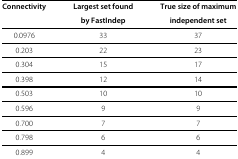
<table><thead><tr><td><b>Connectivity</b></td><td><b>Largest set found</b></td><td><b>True size of maximum</b></td></tr><tr><td><b> </b></td><td><b>by FastIndep</b></td><td><b>independent set</b></td></tr></thead><tbody><tr><td>0.0976</td><td>33</td><td>37</td></tr><tr><td>0.203</td><td>22</td><td>23</td></tr><tr><td>0.304</td><td>15</td><td>17</td></tr><tr><td>0.398</td><td>12</td><td>14</td></tr><tr><td>0.503</td><td>10</td><td>10</td></tr><tr><td>0.596</td><td>9</td><td>9</td></tr><tr><td>0.700</td><td>7</td><td>7</td></tr><tr><td>0.798</td><td>6</td><td>6</td></tr><tr><td>0.899</td><td>4</td><td>4</td></tr></tbody></table>